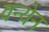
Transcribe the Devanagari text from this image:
वन्येन